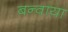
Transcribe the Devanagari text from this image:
बन्वाया